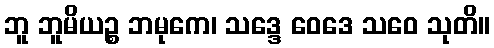
ဘူ ဘူမိယဉ္စ ဘမုကေ၊ သဒ္ဒေ ဝေဒေ သဝေ သုတိ။